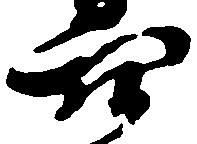
穴